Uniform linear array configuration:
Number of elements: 48
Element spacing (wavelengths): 0.5
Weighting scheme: hann
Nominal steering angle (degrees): -60
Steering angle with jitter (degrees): -61.396
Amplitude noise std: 0.05
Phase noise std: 0.05

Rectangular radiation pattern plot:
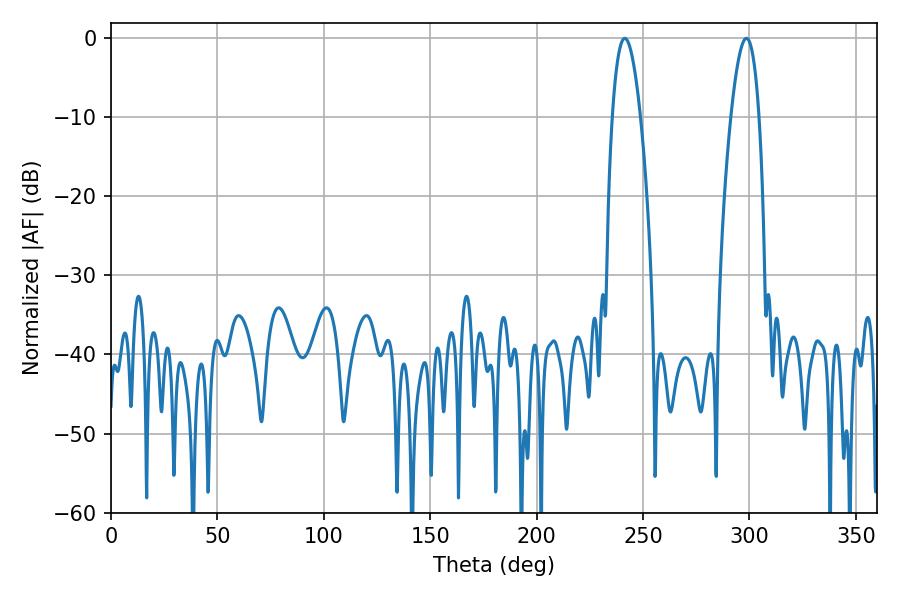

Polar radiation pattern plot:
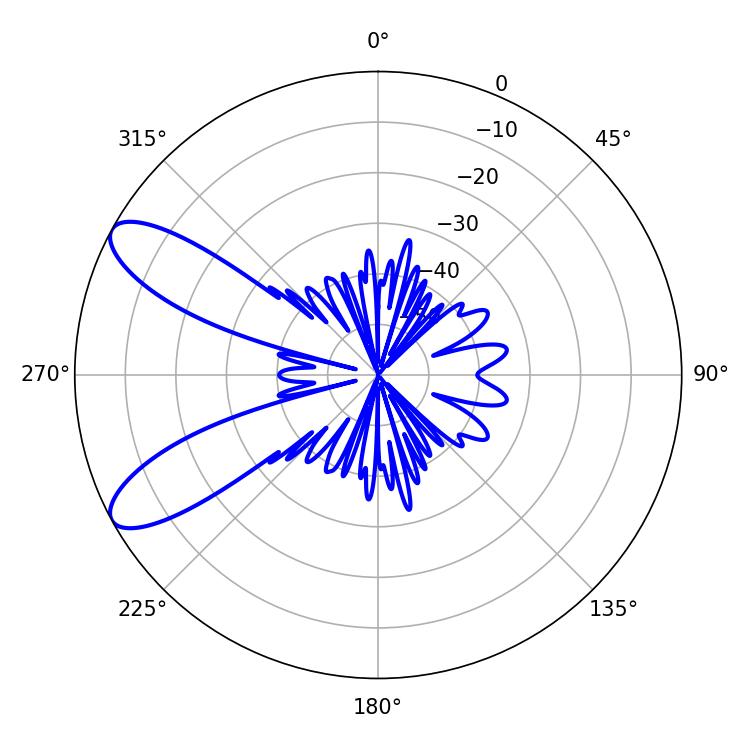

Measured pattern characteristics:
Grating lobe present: FALSE
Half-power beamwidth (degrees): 7.38
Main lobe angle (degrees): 298.62